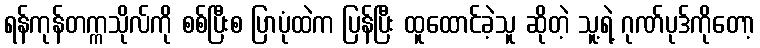
ရန်ကုန်တက္ကသိုလ်ကို စစ်ပြီးစ ပြာပုံထဲက ပြန်ပြီး ထူထောင်ခဲ့သူ ဆိုတဲ့ သူ့ရဲ့ ဂုဏ်ပုဒ်ကိုတော့